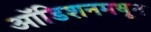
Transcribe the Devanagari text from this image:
ऑडिशनमधून